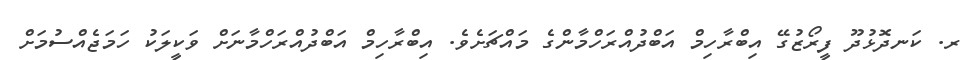
ރ. ކަނދޮޅުދޫ ފީރޯޒުގޭ އިބްރާހިމް އަބްދުއްރަހްމާންގެ މައްޗަށެވެ. އިބްރާހިމް އަބްދުއްރަހްމާނަށް ވަކީލަކު ހަމަޖެއްސުމަށް